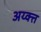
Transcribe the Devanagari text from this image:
अय्क्त्त